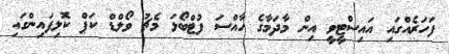
ފަހަރެއްގައި އައިސްޓީވީ އިން މާދަމާގެ ހާއްސަ ފުޓްބޯޅަ މެޗު ވޯލްޑް ކަޕް ކޮލިފައިންގައި